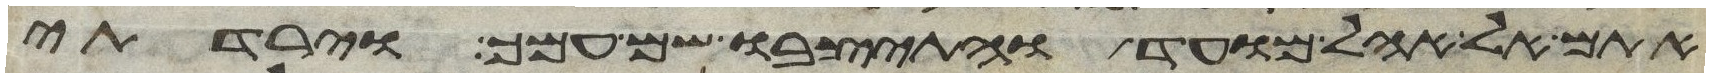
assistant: אתם אל אהל מועד והתיצבו שם עמך וירדתי